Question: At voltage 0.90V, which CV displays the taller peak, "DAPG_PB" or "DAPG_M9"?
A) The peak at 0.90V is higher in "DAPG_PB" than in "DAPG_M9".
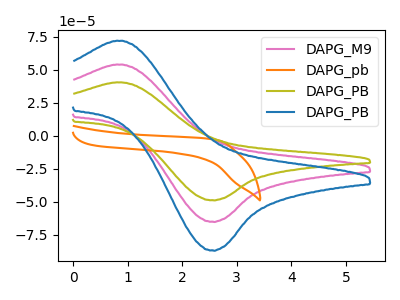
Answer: <think>The pink curve "DAPG_M9" has an anodic peak at (0.90V, 53.85uA) and a cathodic peak at (2.55V, -64.95uA). The orange curve "DAPG_pb" has no peaks. The olive curve "DAPG_PB" has an anodic peak at (0.90V, 40.40uA) and a cathodic peak at (2.55V, -48.70uA). The blue curve "DAPG_PB" has an anodic peak at (0.90V, 107.70uA) and a cathodic peak at (2.55V, -129.95uA).</think>
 <answer>A) The peak at 0.90V is higher in "DAPG_PB" than in "DAPG_M9".</answer>
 <eval>A</eval>